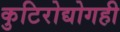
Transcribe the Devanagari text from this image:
कुटिरोद्योगही